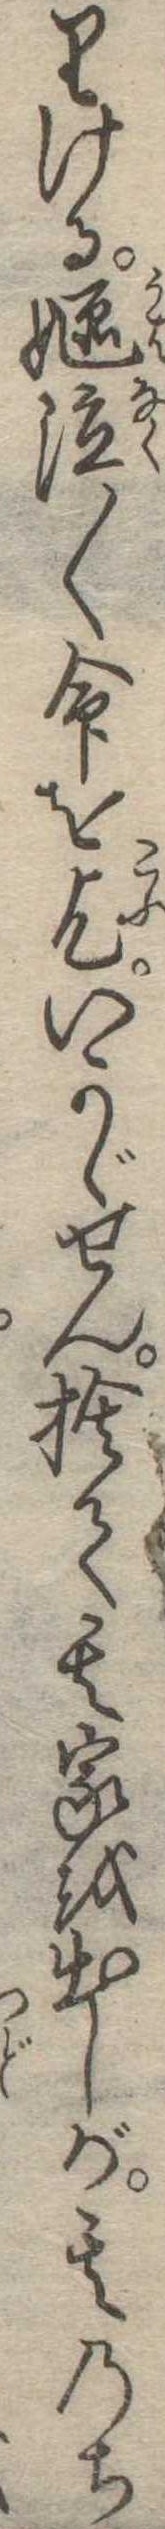
りける嫗泣〱命を乞いかがせん捨て其家を出しが其のち